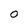
Character: 0